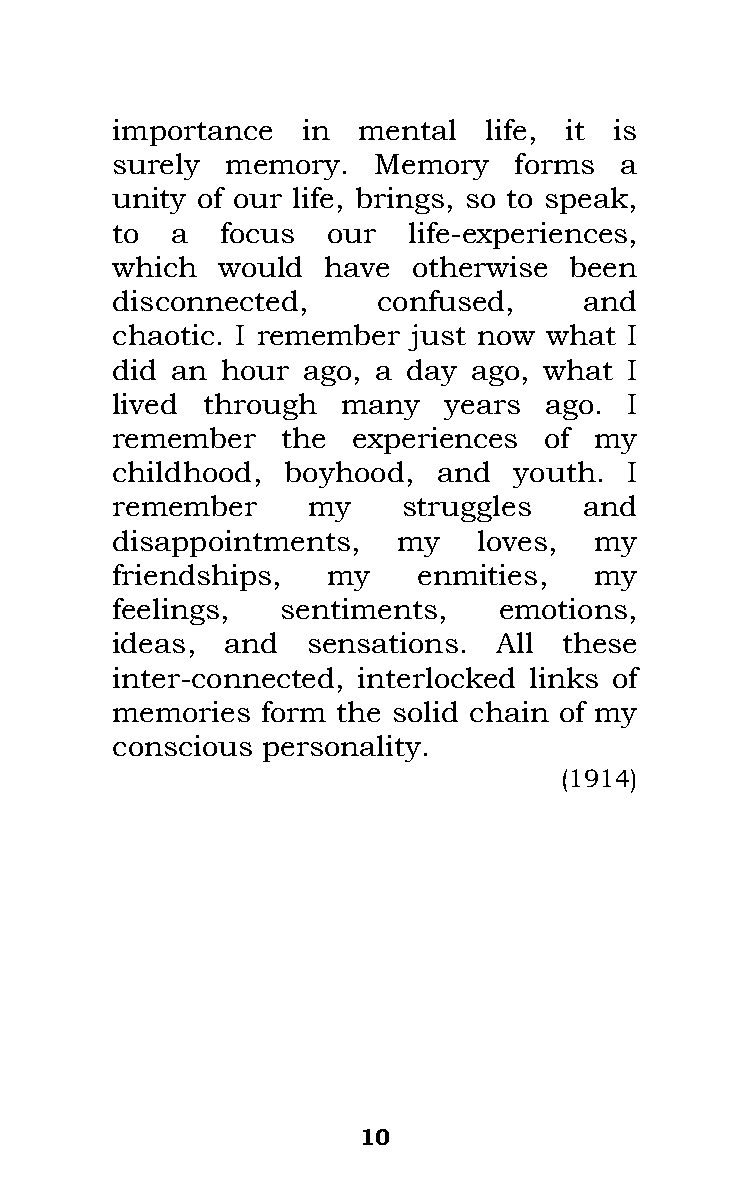
importance   in  mental  life, it is
 surely  memory.   Memory   forms  a
 unity of our life, brings, so to speak,
 to  a   focus  our  life-experiences,
 which  would   have otherwise  been
 disconnected,     confused,     and
 chaotic. I remember just now what  I
 did an  hour ago, a day ago, what  I
 lived through   many  years  ago.  I
 remember    the experiences  of my
 childhood,  boyhood,  and  youth.  I
 remember     my     struggles   and
 disappointments,   my    loves, my
 friendships,   my    enmities,  my
 feelings,   sentiments,   emotions,
 ideas,  and  sensations.  All these
 inter-connected, interlocked links of
 memories  form the solid chain of my
 conscious personality.
 (1914)
 10